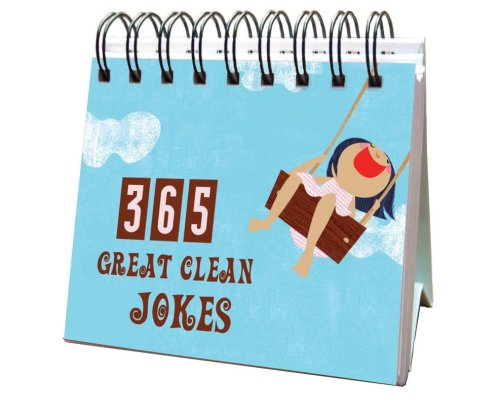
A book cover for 365 GREAT CLEAN JOKES (Perpetual Calendar); Barbour Publishing; Calendars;